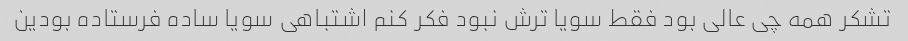
تشکر همه چی عالی بود فقط سویا ترش نبود فکر کنم اشتباهی سویا ساده فرستاده بودین